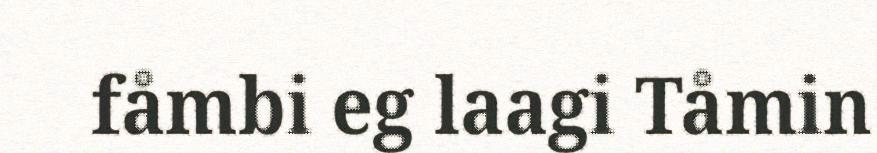
fåmbi eg laagi Tåmin